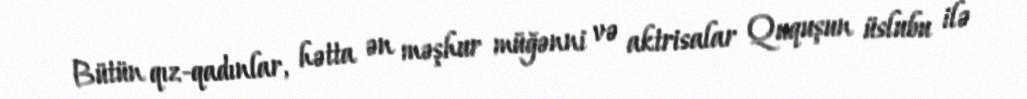
Bütün qız-qadınlar, hətta ən məşhur müğənni və aktrisalar Ququşun üslubu ilə